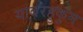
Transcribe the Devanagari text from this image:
याबरहुकुम